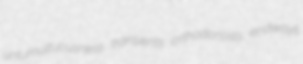
untumultuousness transients orthodontists endways